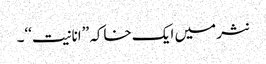
نثر میں ایک خاکہ ’’انانیت‘‘۔